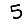
Digit: 5